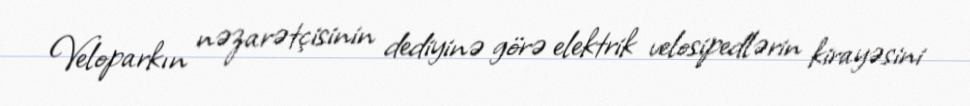
Veloparkın nəzarətçisinin dediyinə görə elektrik velosipedlərin kirayəsini